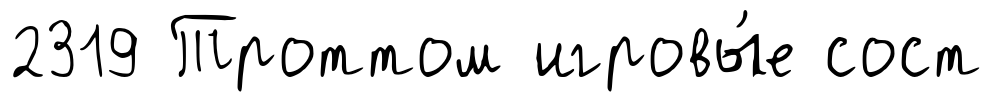
2319 Троттом игровы́е сост